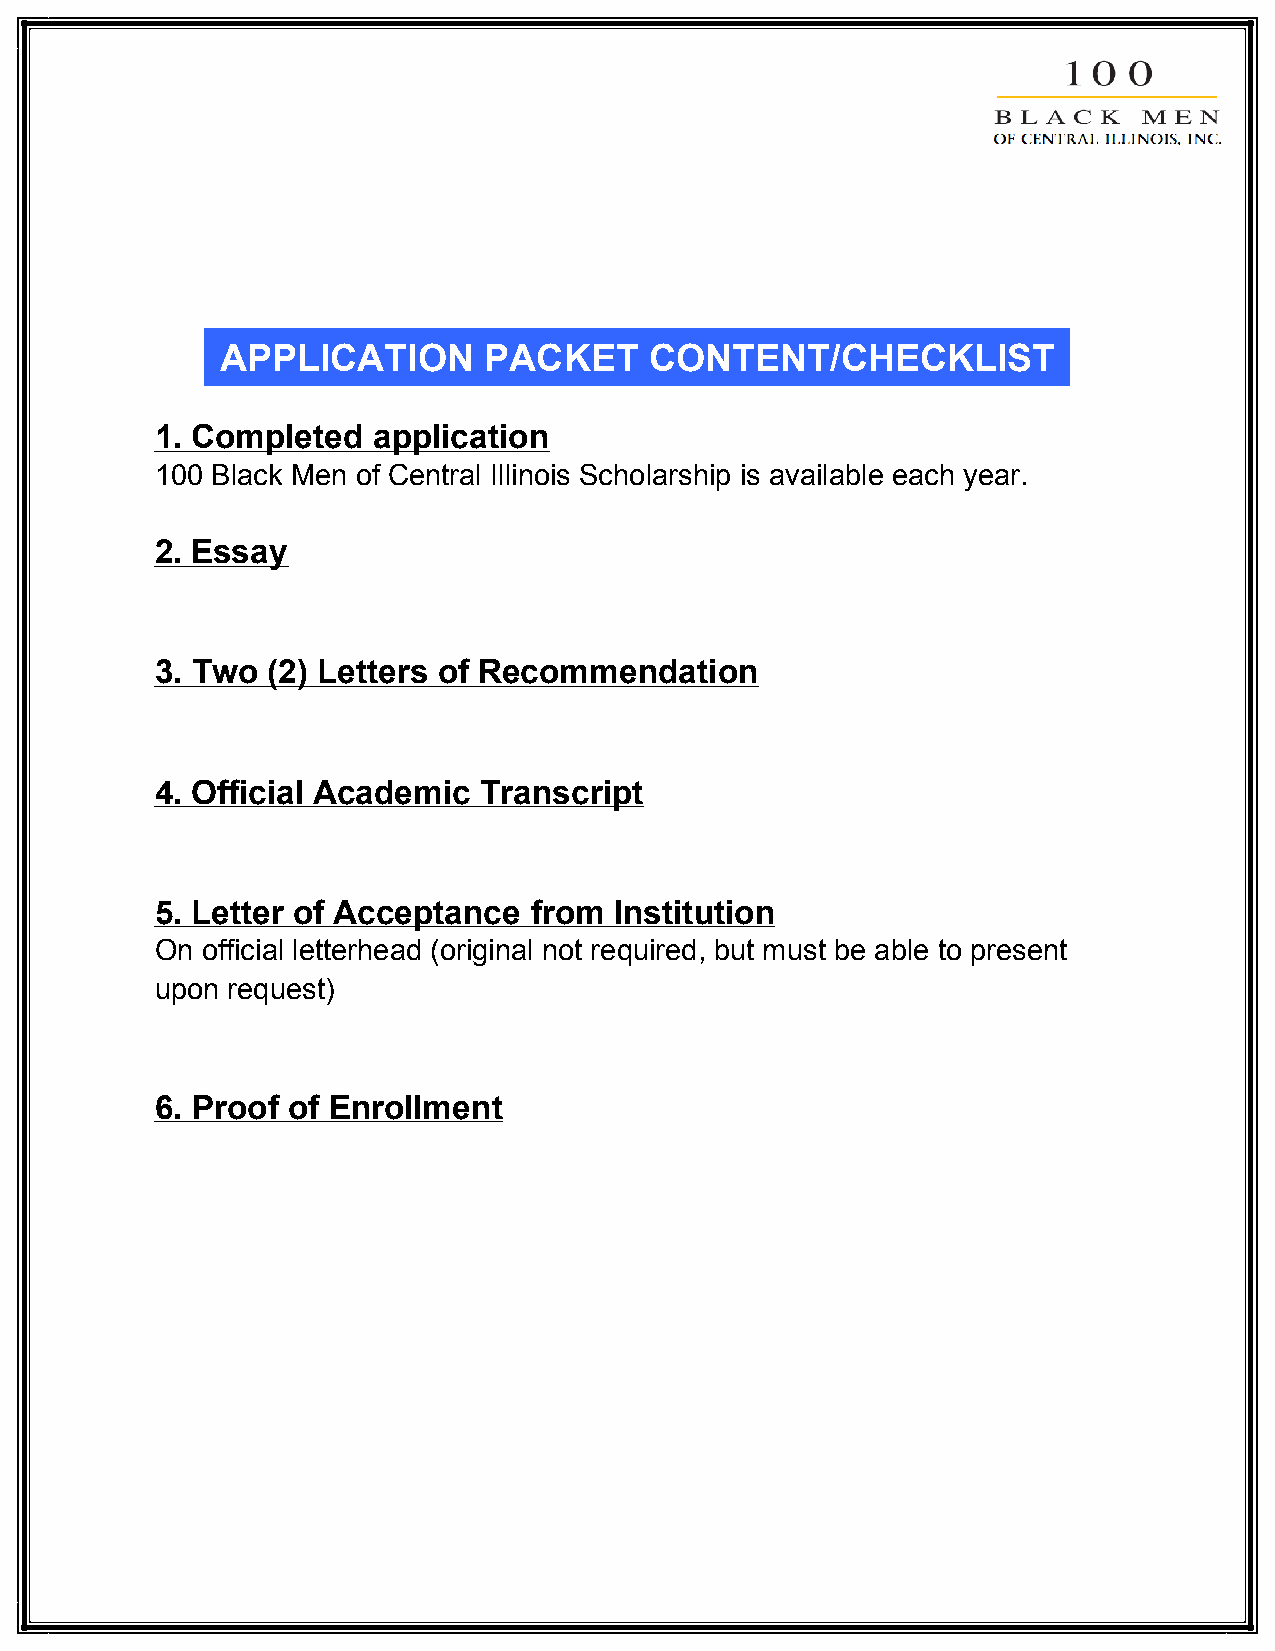
APPLICATION      PACKET     CONTENT/CHECKLIST
 1. Completed   application
 100 Black Men of Central Illinois Scholarship is available each year.
 2. Essay
 3. Two  (2) Letters of Recommendation
 4. Official Academic  Transcript
 5. Letter of Acceptance  from  Institution
 On official letterhead (original not required, but must be able to present
 upon request)
 6. Proof of Enrollment